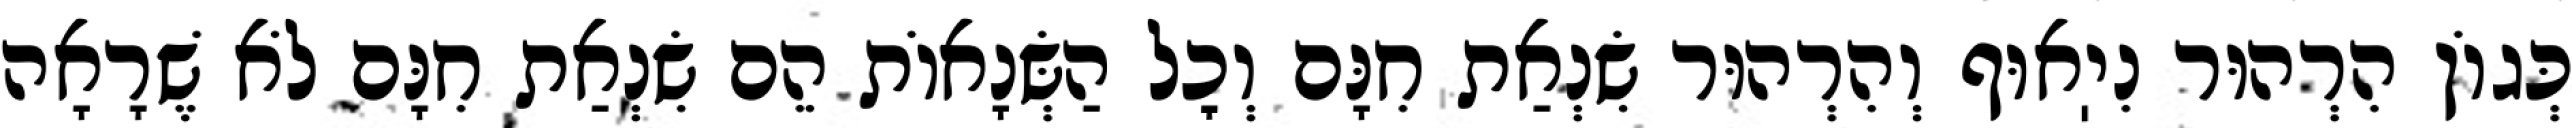
כְּגוֹן הִרְהוּר נִיֽאוּף וְהִרְהוּר שִׂנְאַת חִנָּם וְכׇל הַשְּׂנָאוֹת הֵם שִׂנְאַת חִנָּם לֹא שֶׁרָאָה